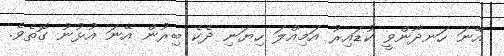
އޭނަ ހަނދާންވީ ކުޑައިރު އަމިއްލަ ހިޔަނި ދެކެ ބިރުން އޭނަ އުޅުނު ގޮތެވެ.